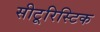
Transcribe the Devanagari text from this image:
सीटूरिस्टिक